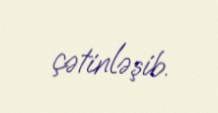
çətinləşib.